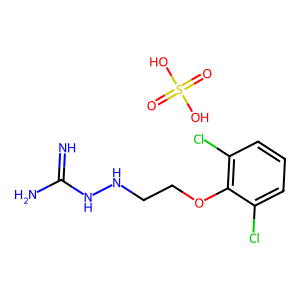
SMILES: N=C(N)NNCCOc1c(Cl)cccc1Cl.O=S(=O)(O)O
Inhibits HIV replication: No